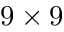
9 \times 9